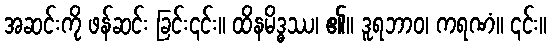
အဆင်းကို ဖန်ဆင်း ခြင်း၎င်း။ ထိနမိဒ္ဓဿ၊ ၏။ ဒူရဘာဝ၊ ကရဏံ။ ၎င်း။